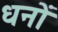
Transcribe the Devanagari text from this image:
धनों